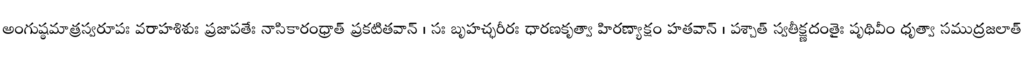
అంగుష్ఠమాత్రస్వరూపః వరాహశిశుః ప్రజాపతేః నాసికారంధ్రాత్ ప్రకటితవాన్ । సః బృహచ్ఛరీరః ధారణకృత్వా హిరణ్యాక్షం హతవాన్ । పశ్చాత్ స్వతీక్ష్ణదంతైః పృథివీం ధృత్వా సముద్రజలాత్